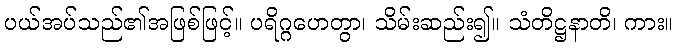
ပယ်အပ်သည်၏အဖြစ်ဖြင့်။ ပရိဂ္ဂဟေတွာ၊ သိမ်းဆည်း၍။ သံတိဋ္ဌနာတိ၊ ကား။